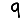
Digit: 9